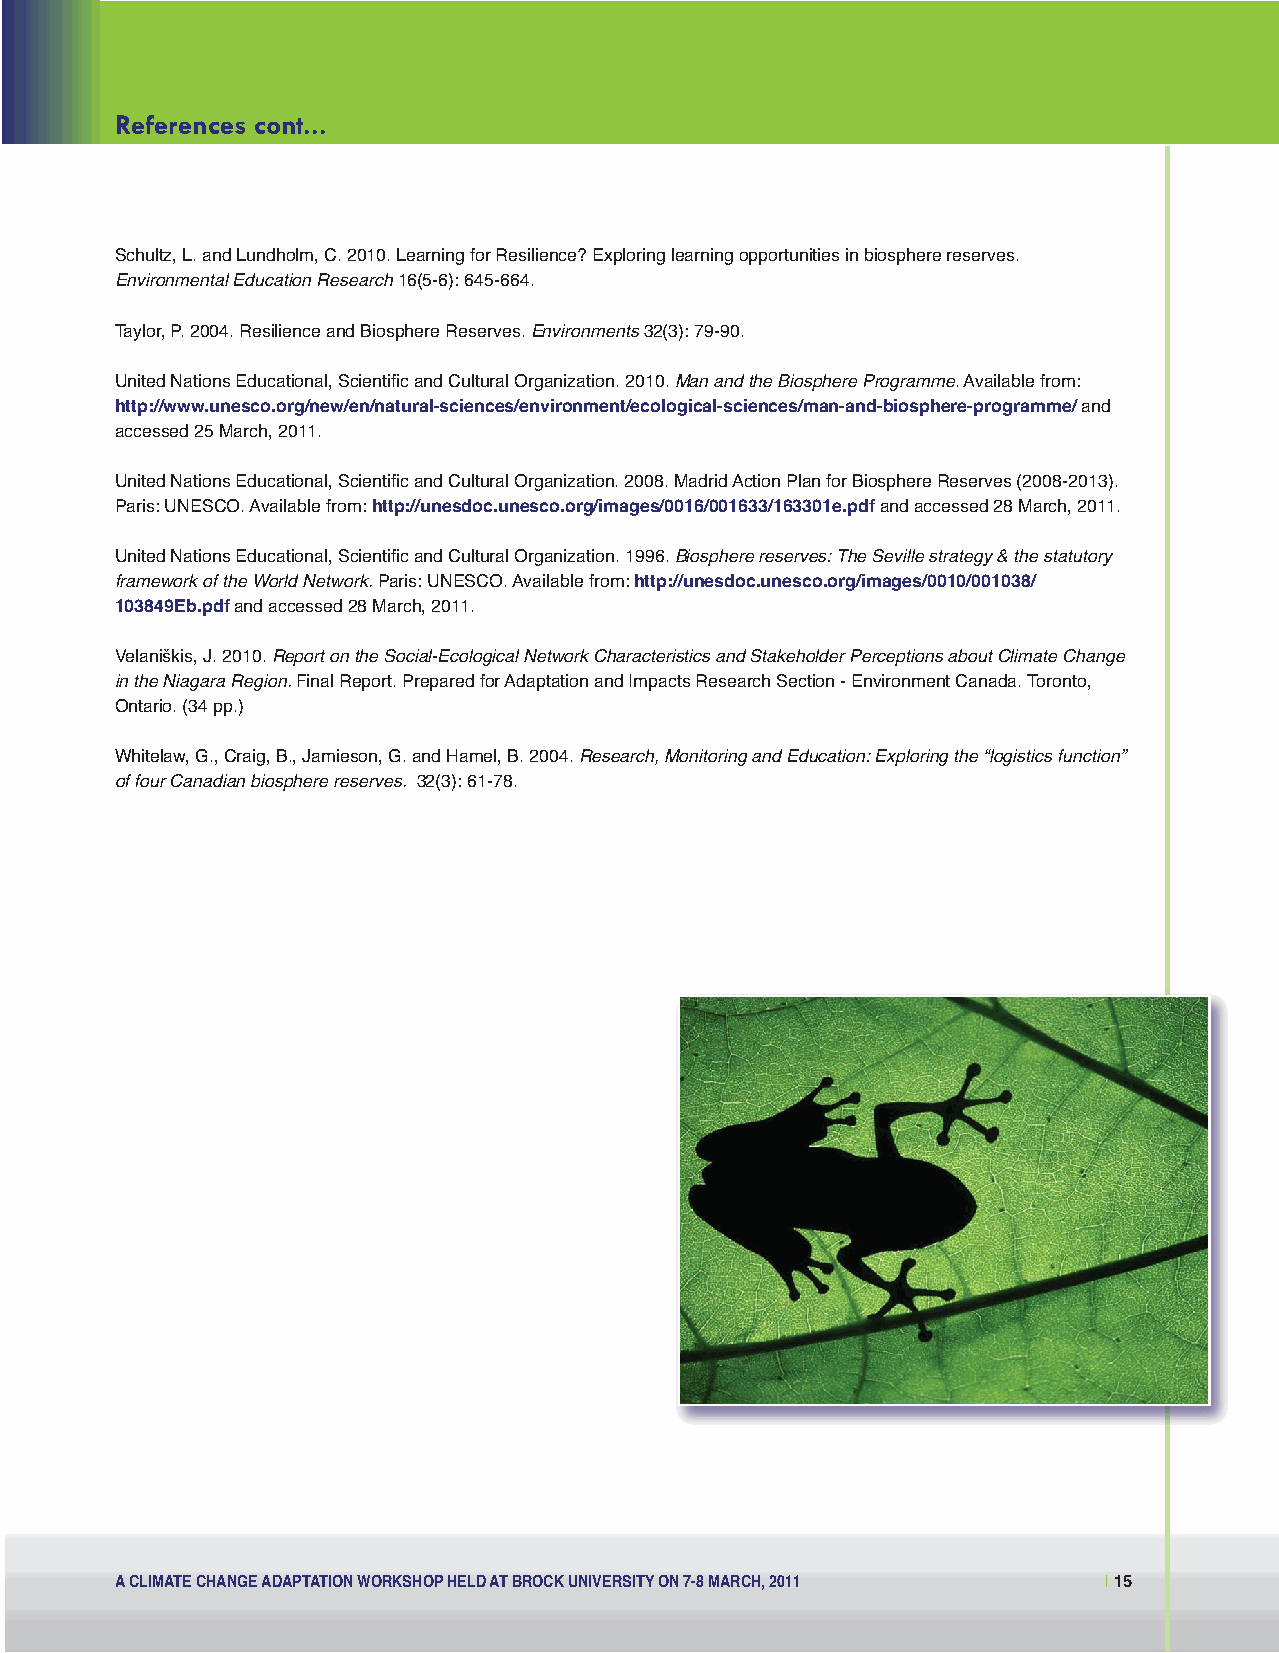
Social Economic:Layout 1 11-07-28 1:52 PM Page 15
 References cont...
 Schultz, L. and Lundholm, C. 2010. Learning for Resilience? Exploring learning opportunities in biosphere reserves.
 Environmental Education Research16(5-6): 645-664.
 Taylor, P. 2004. Resilience and Biosphere Reserves. Environments32(3): 79-90.
 United Nations Educational, Scientific and Cultural Organization. 2010. Man and the Biosphere Programme. Available from:
 http://www.unesco.org/new/en/natural-sciences/environment/ecological-sciences/man-and-biosphere-programme/and
 accessed 25 March, 2011.
 United Nations Educational, Scientific and Cultural Organization. 2008. Madrid Action Plan for Biosphere Reserves (2008-2013).
 Paris: UNESCO. Available from: http://unesdoc.unesco.org/images/0016/001633/163301e.pdfand accessed 28 March, 2011.
 United Nations Educational, Scientific and Cultural Organization. 1996. Biosphere reserves: The Seville strategy & the statutory
 framework of the World Network.Paris: UNESCO. Available from: http://unesdoc.unesco.org/images/0010/001038/
 103849Eb.pdfand accessed 28 March, 2011.
 Velaniškis, J. 2010. Report on the Social-Ecological Network Characteristics and Stakeholder Perceptions about Climate Change
 in the Niagara Region.Final Report. Prepared for Adaptation and Impacts Research Section - Environment Canada. Toronto,
 Ontario. (34 pp.)
 Whitelaw, G., Craig, B., Jamieson, G. and Hamel, B. 2004. Research, Monitoring and Education: Exploring the “logistics function”
 of four Canadian biosphere reserves. 32(3): 61-78.
 A CLIMATE CHANGE ADAPTATION WORKSHOP HELD AT BROCK UNIVERSITY ON 7-8 MARCH, 2011 |15